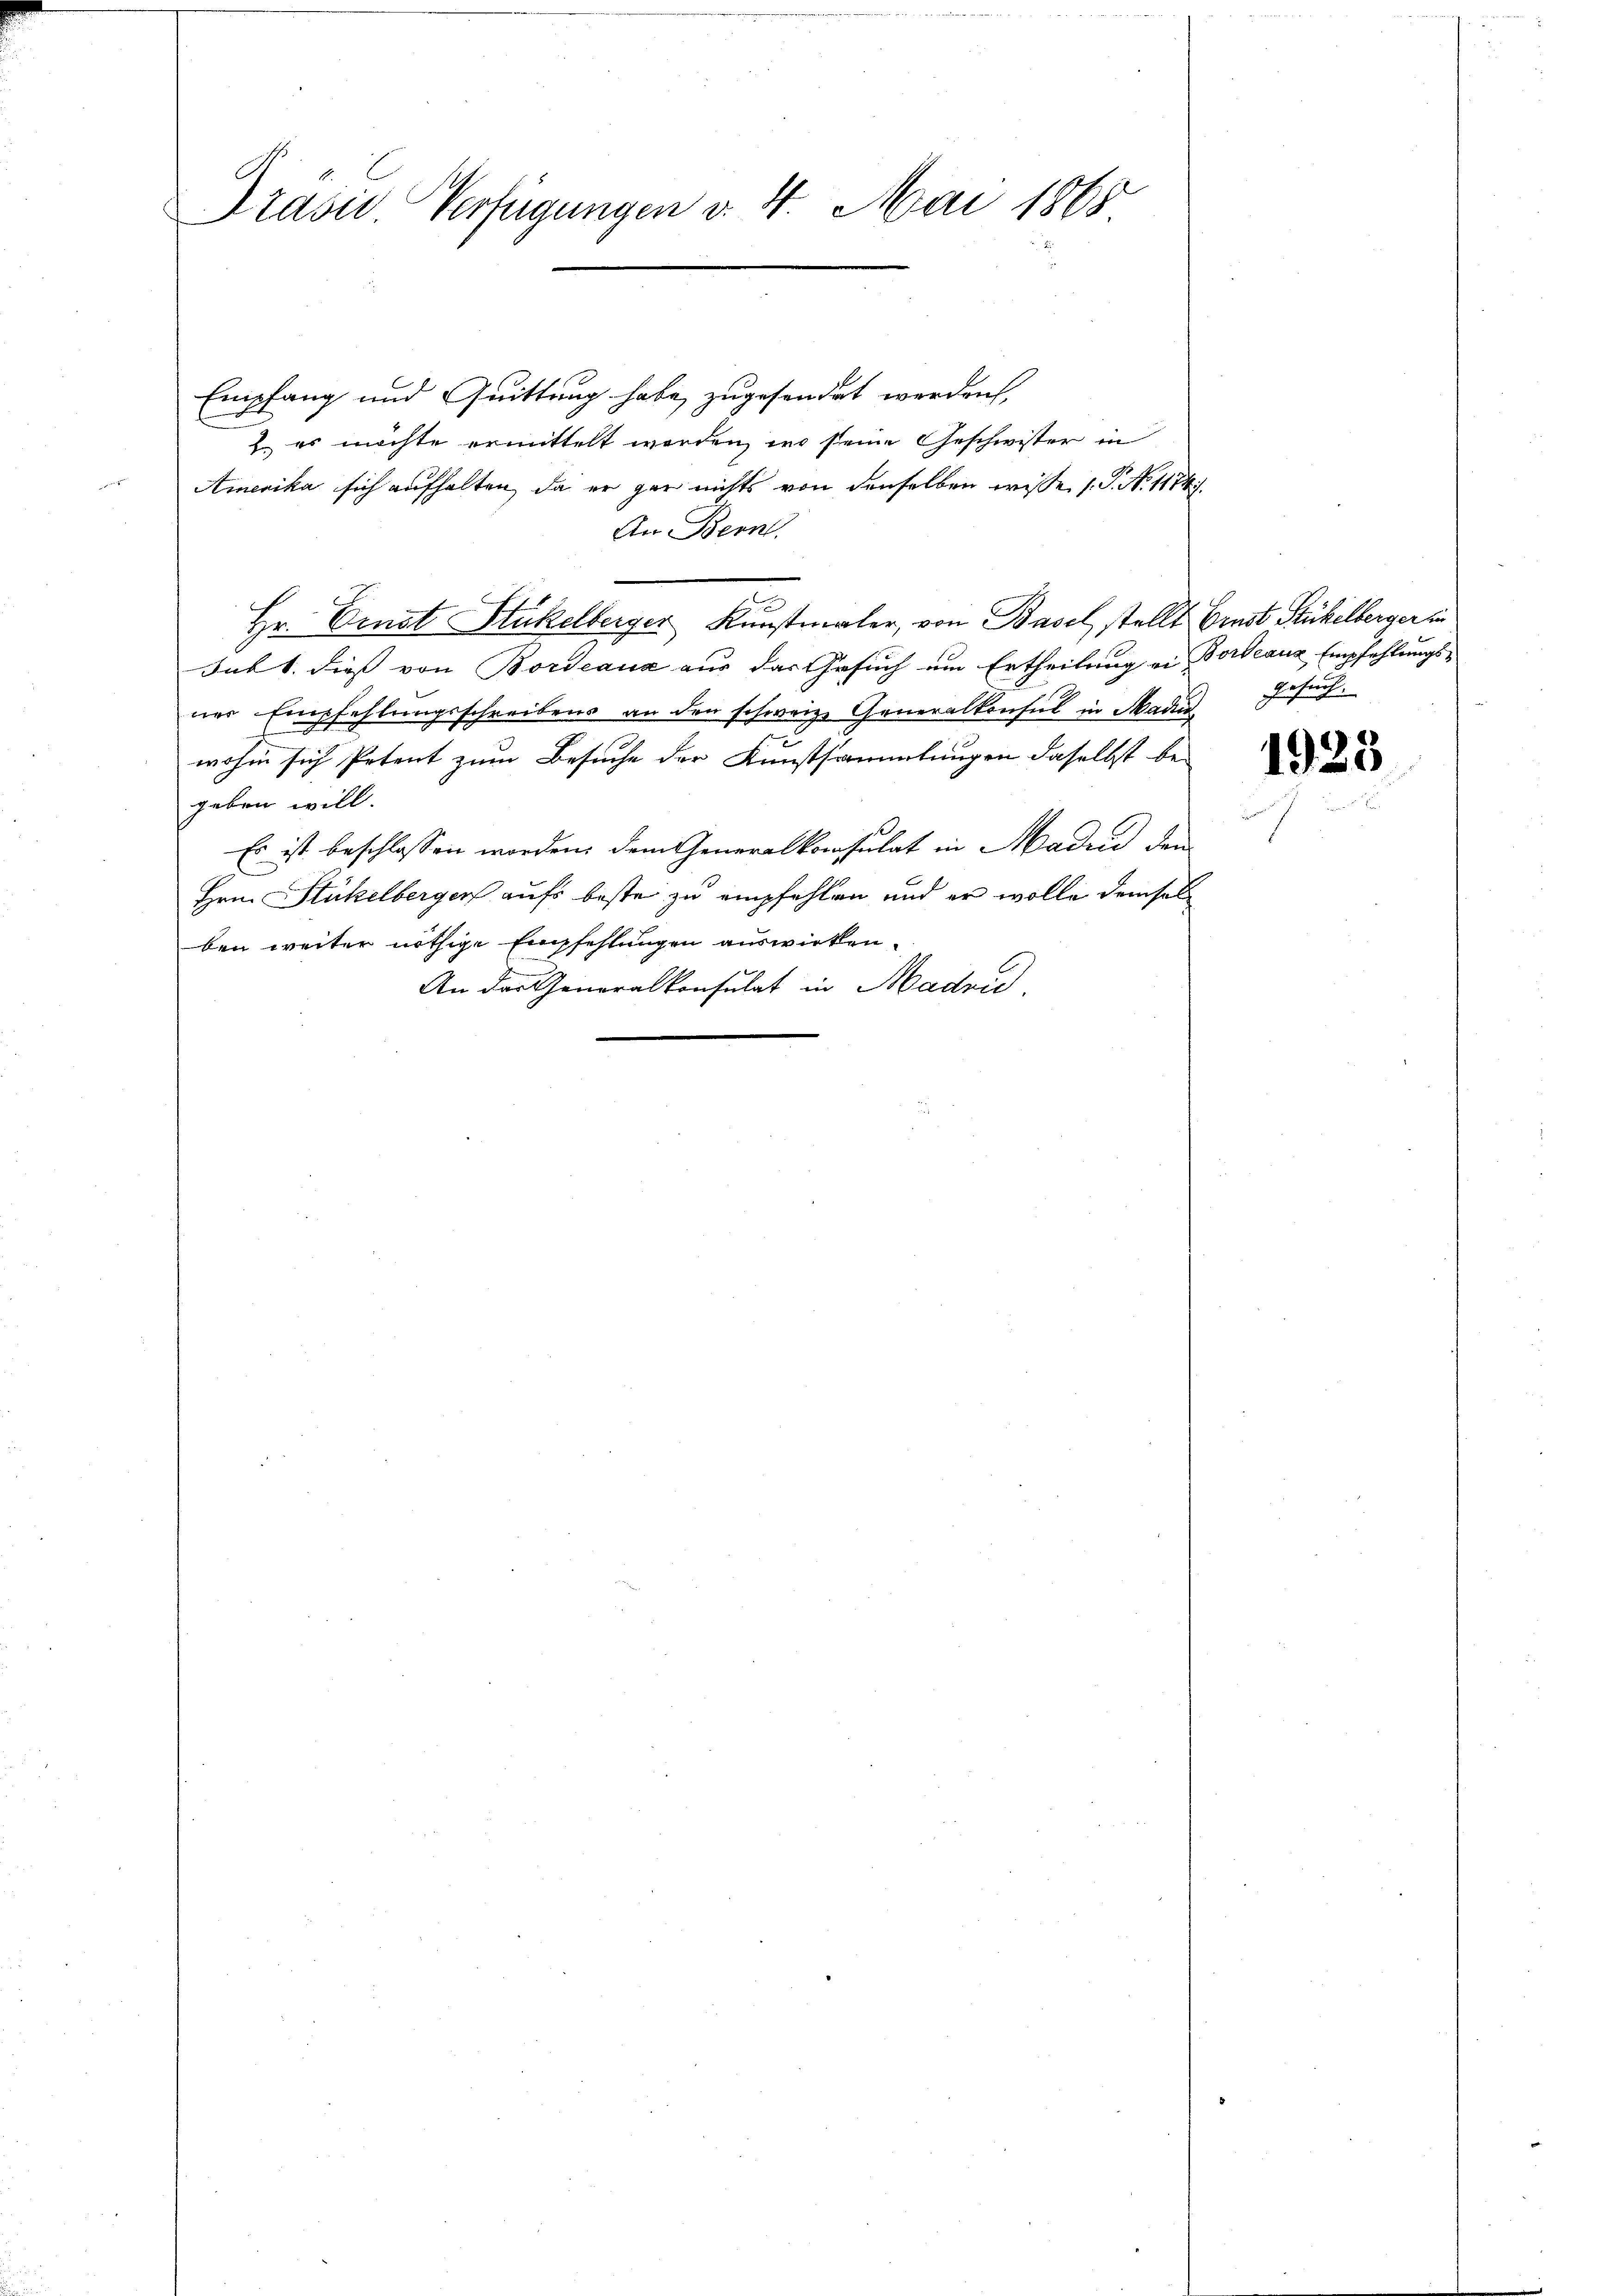
Präsid. Verfügungen v. 4. Mai 1865

Empfang und Quittung habe zugesondert werden,
. es möchte ermittelt werden, wo seine Geschwister in
Amerika sich aufhalten, da er gar nichts von denselben wisse (T. N. 1174.
An Bern.
Hr. Einst Stukelberger Kunstmaler, von Basel, stellt Ernst Stickelberger in
Sub 1. dies von Bordeaux aus das Gesuch um Ertheilung ei Vorbeauz Empfehlungsner Empfehlungsschreibens an den schweiz. Generalkonsul in Mad
wohin sich Petent zum Besuche der Kunstsammlungen daselbst be-
geben will.
Es ist beschlossen worden, dem Generalkonsulat in Maden den
Hrn. Stückelberger aufs beste zu empfehlen und er wolle demsel
ben weiter nöthige Empfehlungen auswirken.
An der Generalkonsulat in Madrid.
.

Gesuch.

1925